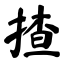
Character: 揸